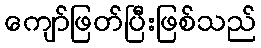
ကျော်ဖြတ်ပြီးဖြစ်သည်